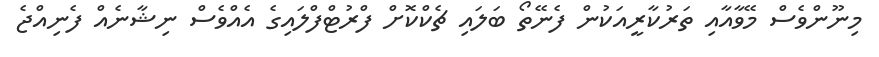
މިނޫންވެސް މޭވާއާއި ތަރުކާރީއަކުން ފެނޭތޯ ބަލައި ޗެކްކޮށް ފްރުޓްފްލައިގެ އެއްވެސް ނިޝާނެއް ފެނިއްޖެ